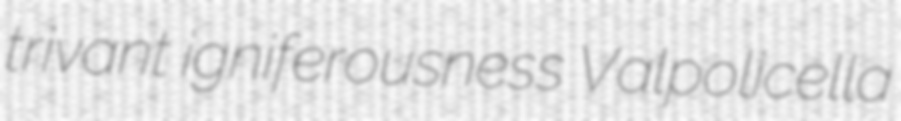
trivant igniferousness Valpolicella